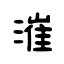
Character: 漼